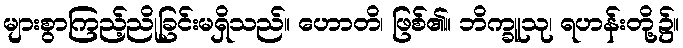
များစွာကြည့်ညိုခြင်းမရှိသည်။ ဟောတိ၊ ဖြစ်၏။ ဘိက္ခူသု၊ ရဟန်းတို့၌။